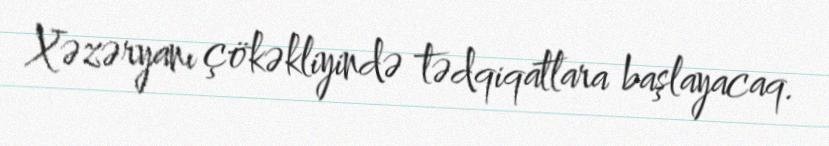
Xəzəryanı çökəkliyində tədqiqatlara başlayacaq.